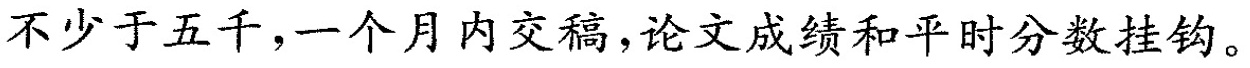
不少于五千，一个月内交稿，论文成绩和平时分数挂钩。